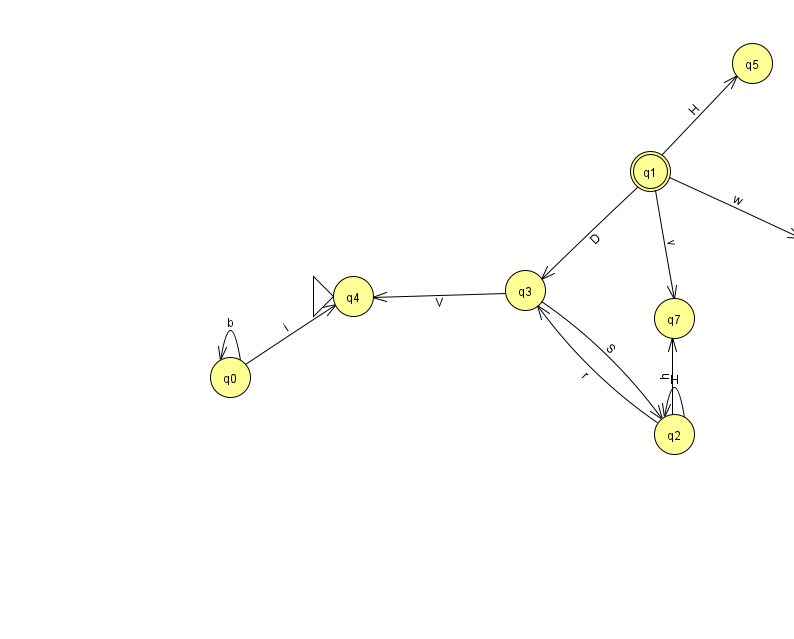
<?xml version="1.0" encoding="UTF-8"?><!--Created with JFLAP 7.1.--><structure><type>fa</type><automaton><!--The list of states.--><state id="0" name="q0"><x>230.0</x><y>364.0</y></state><state id="1" name="q1"><x>650.0</x><y>158.0</y><final/></state><state id="2" name="q2"><x>674.0</x><y>421.0</y></state><state id="3" name="q3"><x>525.0</x><y>277.0</y></state><state id="4" name="q4"><x>353.0</x><y>283.0</y><initial/></state><state id="5" name="q5"><x>752.0</x><y>50.0</y></state><state id="6" name="q6"><x>817.0</x><y>235.0</y></state><state id="7" name="q7"><x>674.0</x><y>305.0</y></state><!--The list of transitions.--><transition><from>2</from><to>3</to><read>r</read></transition><transition><from>2</from><to>7</to><read>h</read></transition><transition><from>3</from><to>2</to><read>S</read></transition><transition><from>0</from><to>0</to><read>b</read></transition><transition><from>1</from><to>7</to><read>v</read></transition><transition><from>1</from><to>5</to><read>H</read></transition><transition><from>2</from><to>2</to><read>H</read></transition><transition><from>3</from><to>4</to><read>V</read></transition><transition><from>1</from><to>3</to><read>D</read></transition><transition><from>0</from><to>4</to><read>i</read></transition><transition><from>1</from><to>6</to><read>w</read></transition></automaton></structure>